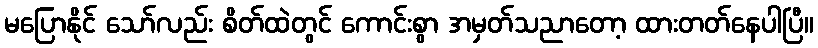
မပြောနိုင် သော်လည်း စိတ်ထဲတွင် ကောင်းစွာ အမှတ်သညာတော့ ထားတတ်နေပါပြီ။